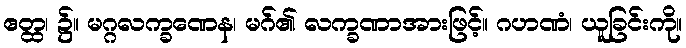
ဧတ္ထ၊ ၌။ မဂ္ဂလက္ခဏေန၊ မဂ်၏ လက္ခဏာအားဖြင့်။ ဂဟဏံ၊ ယူခြင်းကို။